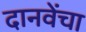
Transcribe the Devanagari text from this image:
दानवेंचा